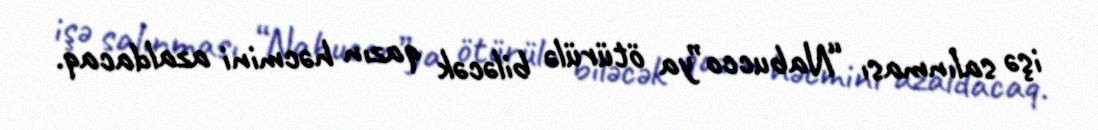
işə salınması “Nabucco”ya ötürülə biləcək qazın həcmini azaldacaq.